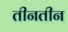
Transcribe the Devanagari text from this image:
तीनतीन